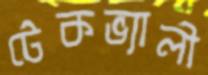
টেকভ্যালী